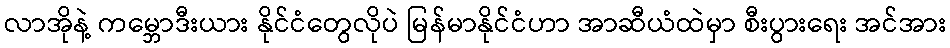
လာအိုနဲ့ ကမ္ဘောဒီးယား နိုင်ငံတွေလိုပဲ မြန်မာနိုင်ငံဟာ အာဆီယံထဲမှာ စီးပွားရေး အင်အား